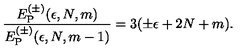
{ \frac { E _ { \mathrm { P } } ^ { ( \pm ) } ( \epsilon , N , m ) } { E _ { \mathrm { P } } ^ { ( \pm ) } ( \epsilon , N , m - 1 ) } } = 3 ( \pm \epsilon + 2 N + m ) .